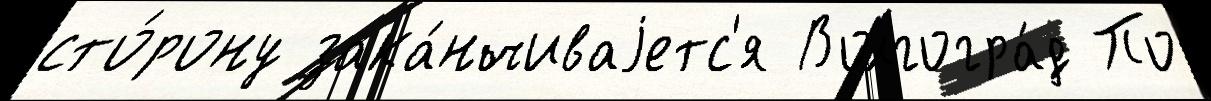
сто́рону зака́нчиваjетс'я Волгогра́д По